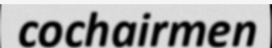
cochairmen